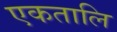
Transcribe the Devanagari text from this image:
एकतालि